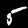
Label: 5